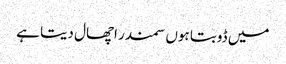
میں ڈوبتا ہوں سمندر اچھال دیتا ہے